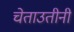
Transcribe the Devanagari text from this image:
चेताउतीनी